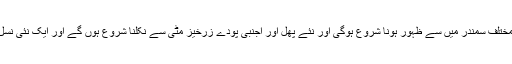
ایک نئی دنیا پہلے سے مختلف سمندر میں سے ظہور ہونا شروع ہوگی اور نئے پھل اور اجنبی پودے زرخیز مٹی سے نکلنا شروع ہوں گے اور ایک نئی نسل انسانی کو جنم دیں گے۔